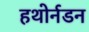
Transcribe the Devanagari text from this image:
हथोर्नडन